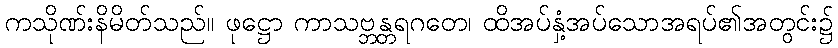
ကသိုဏ်းနိမိတ်သည်။ ဖုဋ္ဌော ကာသဗ္ဘန္တရဂတေ၊ ထိအပ်နှံ့အပ်သောအရပ်၏အတွင်း၌